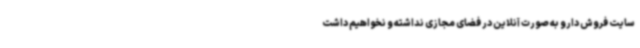
سایت فروش دارو به صورت آنلاین در فضای مجازی نداشته و نخواهیم داشت